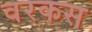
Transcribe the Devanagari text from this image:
वरकस